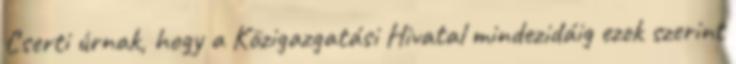
Cserti úrnak, hogy a Közigazgatási Hivatal mindezidáig ezek szerint